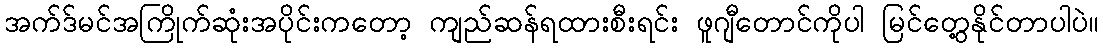
အက်ဒ်မင်အကြိုက်ဆုံးအပိုင်းကတော့ ကျည်ဆန်ရထားစီးရင်း ဖူဂျီတောင်ကိုပါ မြင်တွေ့နိုင်တာပါပဲ။